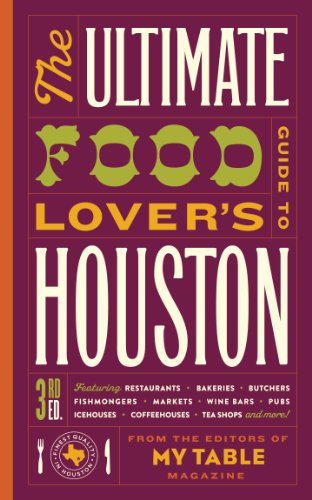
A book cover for The Ultimate Food Lover's Guide to Houston 3rd Edition; Teresa Byrne-Dodge; Travel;